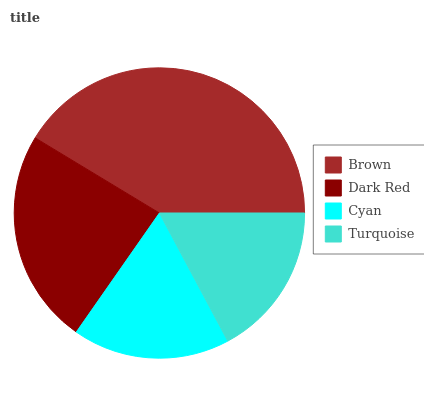
| Brown | Dark Red | Cyan | Turquoise |
 | --- | --- | --- | --- |
 | 41.3% | 24% | 17.5% | 17.2% |